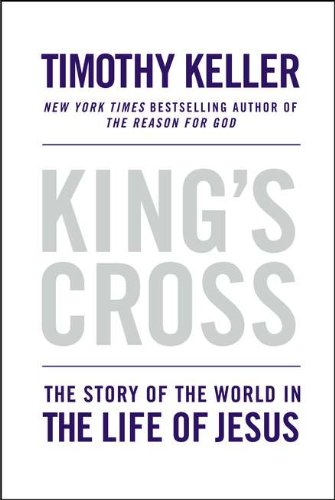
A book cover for King's Cross: The Story of the World in the Life of Jesus; Timothy Keller; Christian Books & Bibles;